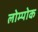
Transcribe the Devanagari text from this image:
लोम्पोक